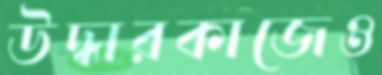
উদ্ধারকাজেও